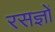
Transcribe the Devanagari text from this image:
रसज्ञों